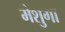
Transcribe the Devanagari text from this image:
मेशुगा